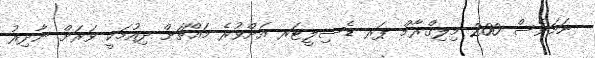
ނަމަވެސް 200 މިލިގްރާމް ޕަރ ޑެސިލީޓަރ އަށްވުރެ މައްޗަށް ދިއުމަކީ ވަރަށް ނާދިރު